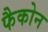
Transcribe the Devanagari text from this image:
फैकोन